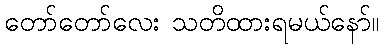
တော်တော်လေး သတိထားရမယ်နော်။